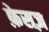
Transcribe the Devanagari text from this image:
फ़ेसज़